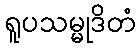
ရူပသမ္မုဒိတံ